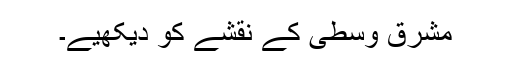
مشرق وسطیٰ کے نقشے کو دیکھیے۔